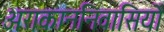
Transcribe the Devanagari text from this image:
अराकाननिवासियों